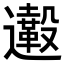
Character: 𨙀